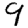
Digit: 9